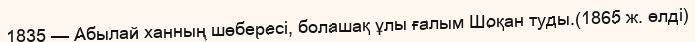
1835 — Абылай ханның шөбересі, болашақ ұлы ғалым Шоқан туды.(1865 ж. өлді)